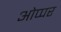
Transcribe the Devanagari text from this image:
ओप्पर